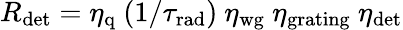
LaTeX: R_{\textrm{det}}=\eta_{\textrm{q}}\ (1/\tau_{\textrm{rad}})\ \eta_{\textrm{wg}}\ \eta_{\textrm{grating}}\ \eta_{\textrm{det}}